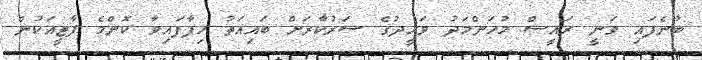
ބުނެފައި ވަނީ ރައީސް މުހަންމަދު ވަހީދުގެ ސަރުކާރަށް ބައިއަތު ހިފާފައިވާ ކޮންމެ ޕާޓީއަކުން